Indian journal of veterinary science and animal husbandry - Volumes 18-21, 1948-1951
Year: 1948
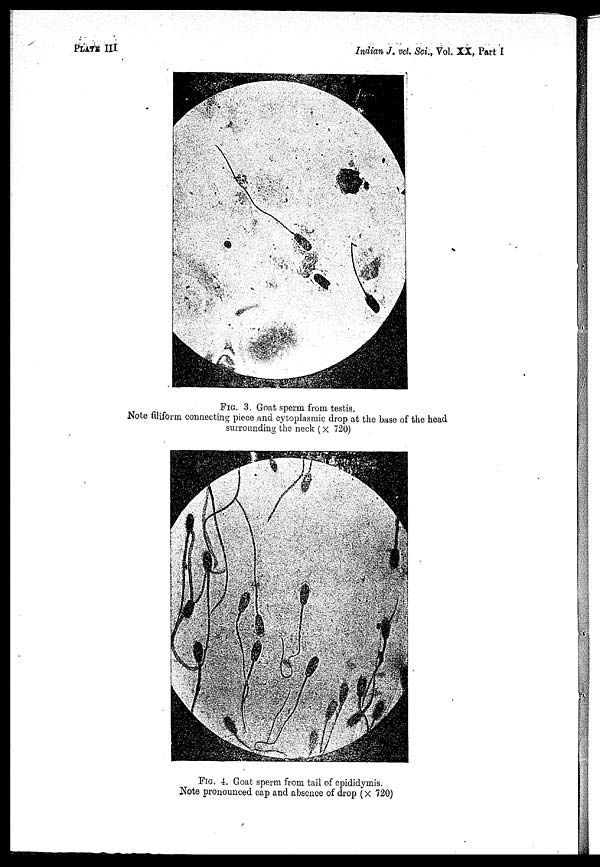
PLATE III
Indian J. vet. Sci., Vol. XX, Part I
FIG. 3. Goat sperm from testis.
Note filiform connecting piece and cytoplasmic drop at the base of the head
surrounding the neck (× 720)
FIG. 4. Goat sperm from tail of epididymis.
Note pronounced cap and absence of drop (× 720)